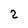
Character: 2